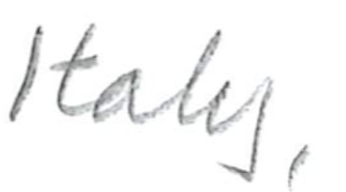
Text: Italy,
Cross-out: clean
Writing tool: pencil